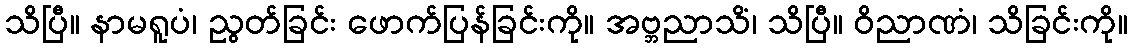
သိပြီ။ နာမရူပံ၊ ညွတ်ခြင်း ဖောက်ပြန်ခြင်းကို။ အဗ္ဘညာသိံ၊ သိပြီ။ ဝိညာဏံ၊ သိခြင်းကို။